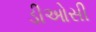
ડીઓસી